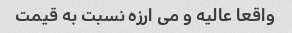
واقعا عالیه و می ارزه نسبت به قیمت